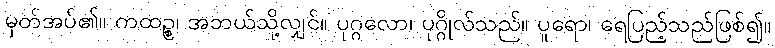
မှတ်အပ်၏။ ကထဉ္စ၊ အဘယ်သို့လျှင်။ ပုဂ္ဂလော၊ ပုဂ္ဂိုလ်သည်။ ပူရော၊ ရေပြည့်သည်ဖြစ်၍။